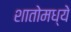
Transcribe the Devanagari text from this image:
शातोमध्ये